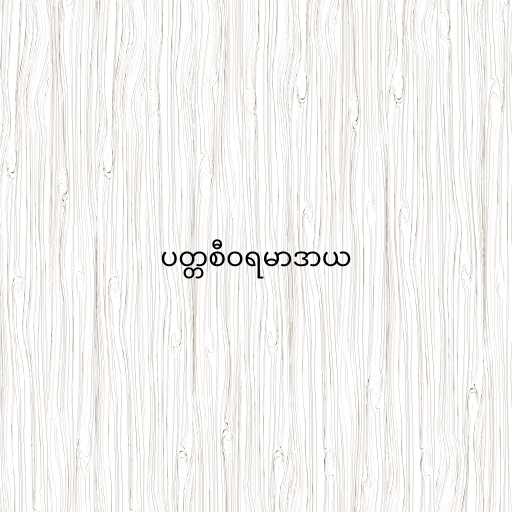
ပတ္တစီဝရမာဒာယ